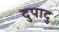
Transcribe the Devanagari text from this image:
दुपादु